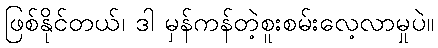
ဖြစ်နိုင်တယ်၊ ဒါ မှန်ကန်တဲ့စူးစမ်းလေ့လာမှုပဲ။